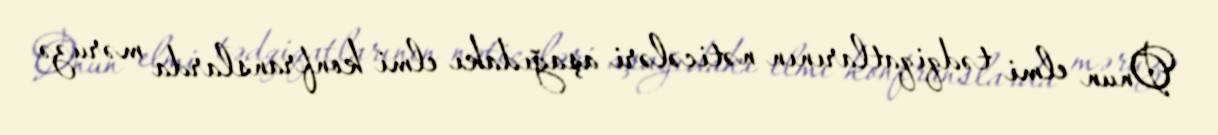
Onun elmi tədqiqatlarının nəticələri aşağıdakı elmi konfranslarda məruzə